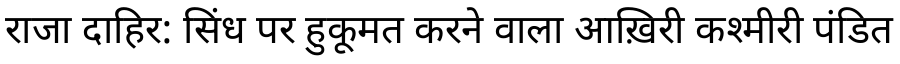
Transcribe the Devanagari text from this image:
राजा दाहिर: सिंध पर हुकूमत करने वाला आख़िरी कश्मीरी पंडित